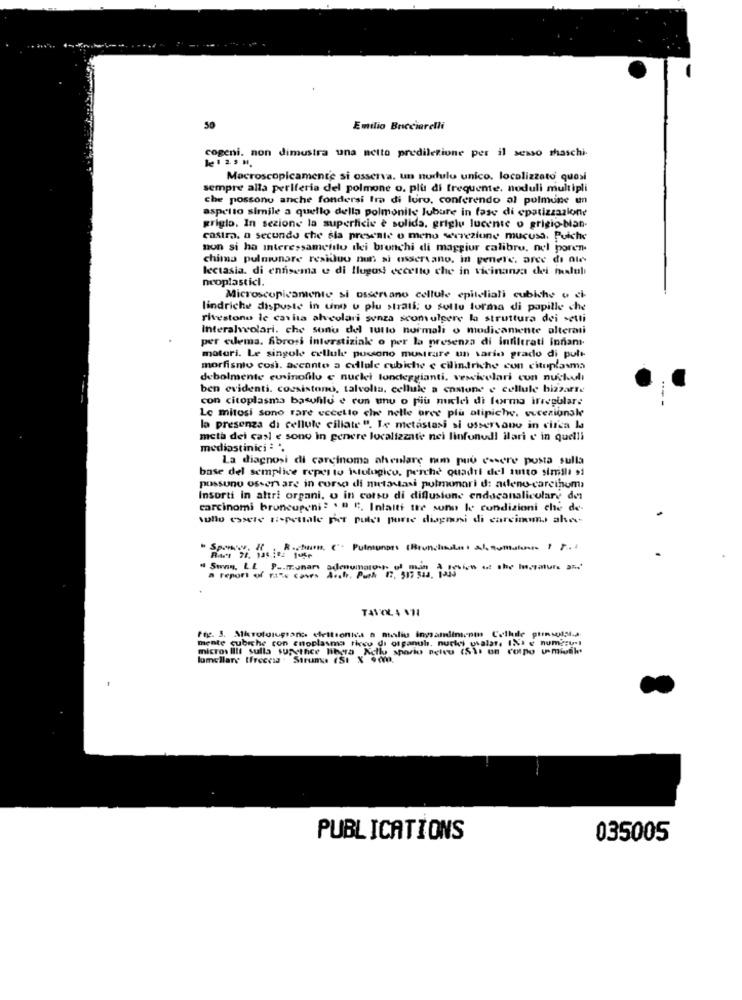
50
Emilio Bricciarelli
cogeni. non dimustra una netto predilezione per il sesso maschi-
le 1 2.5 H.
Macroscopicamente si osserva. un nudlulu unico. localizzato quosi
sempre alla periferia del polmone o. plu di frequente. noduli multipli
che possono anche fondersi Ira di loro, conferendo al pulmune un
aspetto simile a quello della polmonite Jubure in fase di epatizzazione
grigio. In sezione la superficie è solida, griglu lucente o grigio-bian-
castra, a secundo che śla presente o meno secrezione mucusa, Puiche
non si ha interessametalu dei brunchi di maggiur calibro, nel poren-
chima pulmunare residuo nun si osservano, in genere. arce di ate
lectasia. di enfisema e di flugoss eccetto che in vicinanza dei felul
neoplasticl.
Microscopicamente si ossertano cellule epiteliali cubiche o ci-
lindriche dispuste in uno u plu strati; u sollu forma di papille che
rivestono le casita alcolari senza scomulpere la struttura dei setti
interalveolari. che sonu del tutto normali o modicamente alterati
per cuema. fibrosi interstiziale o per la presenza di infiltrati innan
materi. Le singole cellule possono musttare un sario grado di pult-
morfisnio così. accanto a cellule cubiche e cilindriche con citoplasma
debolmente cusinofilu e nuclei londeggianti, vescivelari cun nuskuli
ben evidenti. coesistono, talvolta, cellule a enstone e cellule bizzarre
con citoplasma basufilu e run unu o più nuclei di forma irregolare
Le mitosi sono rare eccetto che nelle oree più atipiche. vucezionale
la presenza di cellule cillate ". Le metastasi si osservano in circa la
meta dei casl e sono in genere localizzate nei linfonodi ilari e in quelli
mediastinici : '.
La diagnosi di carcinoma aheulare nem puu cosere posta sulla
base del semplice repes to istulugico, perchè Quadri del imto simili si
pussunu osservare in corso di metastasi pulmonari d: adeno-carcinoma
Insorti in altri organi, o in corso di diffusione endocanaliculary des
carcinomi bruncupeni: . @ F. Intalti tre sono le condizioni che de-
wullo essere nopeutale per puter porse diagnosi di carcinmms ahec
" Sivy, LE P .. IT.unars adenumatoch ol main A review at the Ingraturs and'
a report of "1"s Caves Arch. Push 17, 517 543. 1ais
a report of its cars
fig. 3. Miroturupsans elettronica a maliu ingandincom Cellule punsoll.a.
mente cubiche con enoplasma ricco di organuh. nucki usalat, INi e num?zu-1
micros IllI sulla supethee libera Nello spazio peltu (Sis un corpo umisk
lamellare (freccia . Strum (SI X 90.
PUBLICATIONS
035005